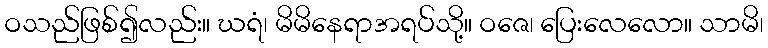
ဝသည်ဖြစ်၍လည်း။ ဃရံ၊ မိမိနေရာအရပ်သို့။ ဝဇေ၊ ပြေးလေလော။ သာမိ၊